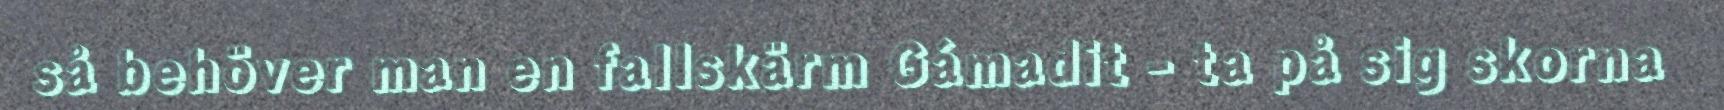
så behöver man en fallskärm Gámadit - ta på sig skorna